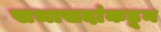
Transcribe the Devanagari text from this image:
सभासदांकडून